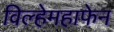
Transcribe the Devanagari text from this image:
विल्हेमहाफेन